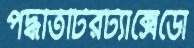
পদ্ধতিটিরট্যাক্সেডো